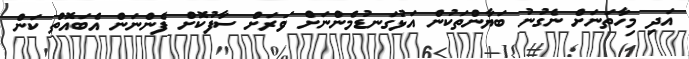
އަދި މިހާތަނަށް ނެގުނު ބަޔާންތަކުން އަޅުގަނޑުމެންނަށް ވަރަށް ސާފުކޮށް ފެންނަން އެބައޮތް ކަން